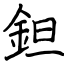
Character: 鉭